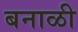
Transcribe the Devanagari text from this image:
बनाळी